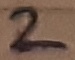
Text: 2